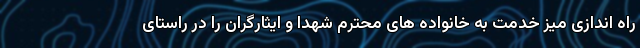
راه اندازی میز خدمت به خانواده های محترم شهدا و ایثارگران را در راستای